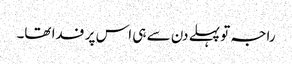
راجہ تو پہلے دن سے ہی اس پر فدا تھا۔